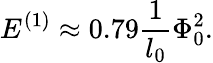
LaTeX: E^{(1)}\approx 0.79\frac{1}{l_{0}}\Phi_{0}^{2}.